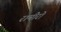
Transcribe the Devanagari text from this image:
रामीरो